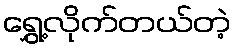
ရွှေ့လိုက်တယ်တဲ့